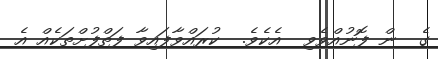
ގެ  ން ފޮނުއްވެވި  އެކެވެ.  ކުރައްވާފައިވާ ފަތްފުށްތަކެއް އެ